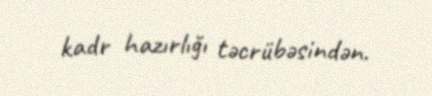
kadr hazırlığı təcrübəsindən.